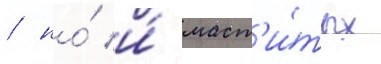
/ но́ и́ маст'и́тых